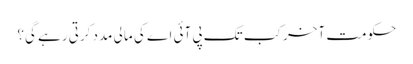
حکومت آخر کب تک پی آئی اے کی مالی مدد کرتی رہے گی؟